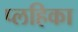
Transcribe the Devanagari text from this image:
प्लहिका